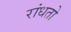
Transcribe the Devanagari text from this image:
रांधतो